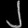
Digit: ၂